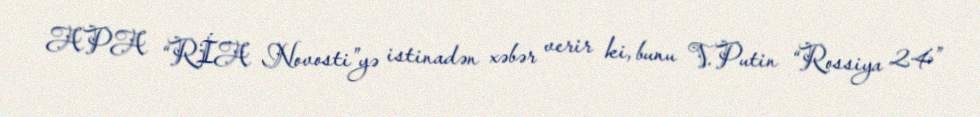
APA “RİA Novosti”yə istinadən xəbər verir ki, bunu V.Putin “Rossiya 24”